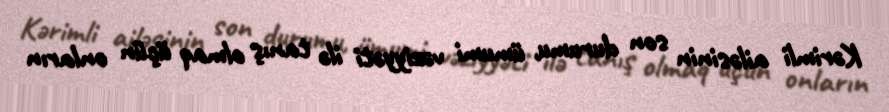
Kərimli ailəsinin son durumu, ümumi vəziyyəti ilə tanış olmaq üçün onların